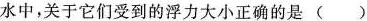
水中，关于它们受到的浮力大小正确的 ()